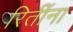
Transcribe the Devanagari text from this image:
रितींना